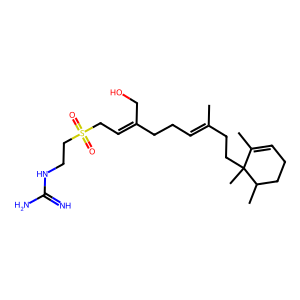
SMILES: CC(=CCCC(=CCS(=O)(=O)CCNC(=N)N)CO)CCC1(C)C(C)=CCCC1C
Inhibits HIV replication: No